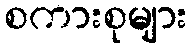
စကားစုများ